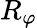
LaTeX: R_{\varphi}